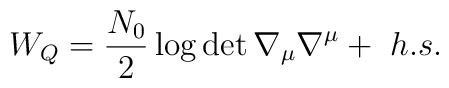
W_Q={N_0 \over 2}\log\det \nabla_{\mu}\nabla^{\mu} +~h.s.